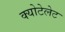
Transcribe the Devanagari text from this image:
क्योटेलेट